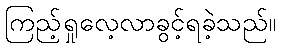
ကြည့်ရှုလေ့လာခွင့်ရခဲ့သည်။